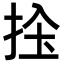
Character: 𢬝